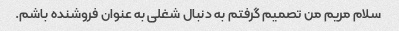
سلام مریم من تصمیم گرفتم به دنبال شغلی به عنوان فروشنده باشم.